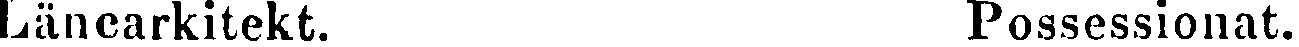
Länearkitekt. Possessionat.